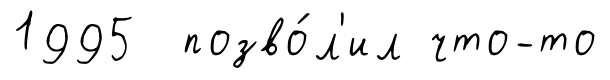
1995 позво́л'ил что-то